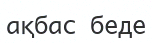
ақбас беде